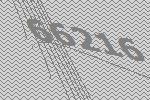
66216